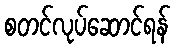
စတင်လုပ်ဆောင်ရန်